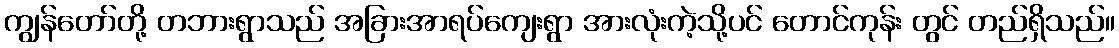
ကျွန်တော်တို့ တဘားရွာသည် အခြားအာရပ်ကျေးရွာ အားလုံးကဲ့သို့ပင် တောင်ကုန်း တွင် တည်ရှိသည်။